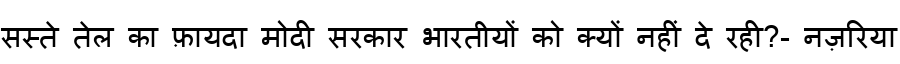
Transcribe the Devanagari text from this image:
सस्ते तेल का फ़ायदा मोदी सरकार भारतीयों को क्यों नहीं दे रही?- नज़रिया